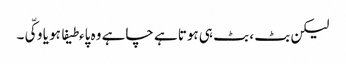
لیکن بٹ ، بٹ ہی ہوتا ہے چاہے وہ پاءطیفا ہو یا وکّی۔